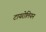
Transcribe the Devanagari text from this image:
टायरोलियन